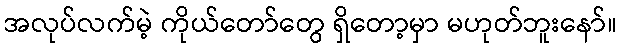
အလုပ်လက်မဲ့ ကိုယ်တော်တွေ ရှိတော့မှာ မဟုတ်ဘူးနော်။